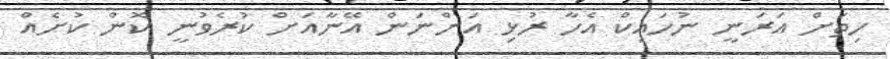
ހިތަށް އަރަނީ ނުހައިކް އެހާ ރުޅި އަންނަން އޭނާއަށް ކުރެވުނީ ކޮން ކުށެއް